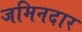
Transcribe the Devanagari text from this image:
जमिनदार